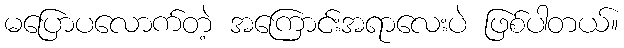
မပြောပလောက်တဲ့ အကြောင်းအရာလေးပဲ ဖြစ်ပါတယ်။